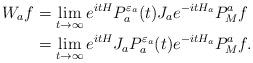
LaTeX: \begin{align*}\begin{aligned}W_af&=\lim_{t\to\infty}e^{itH}P_a^{{\varepsilon}_a}(t)J_ae^{-itH_a}P^a_Mf\\&=\lim_{t\to\infty}e^{itH}J_aP_a^{{\varepsilon}_a}(t)e^{-itH_a}P^a_Mf.\end{aligned}\end{align*}